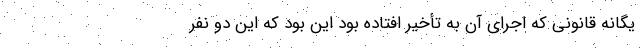
یگانه قانونی که اجرای آن به تأخیر افتاده بود این بود که این دو نفر